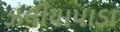
ઝલીયાપાડા